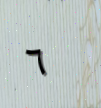
٦